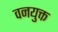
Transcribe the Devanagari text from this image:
वनयुक्त